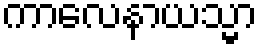
ကာလေနာယသ္မာ